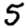
Digit: 5